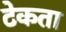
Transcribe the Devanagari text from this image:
टेकता